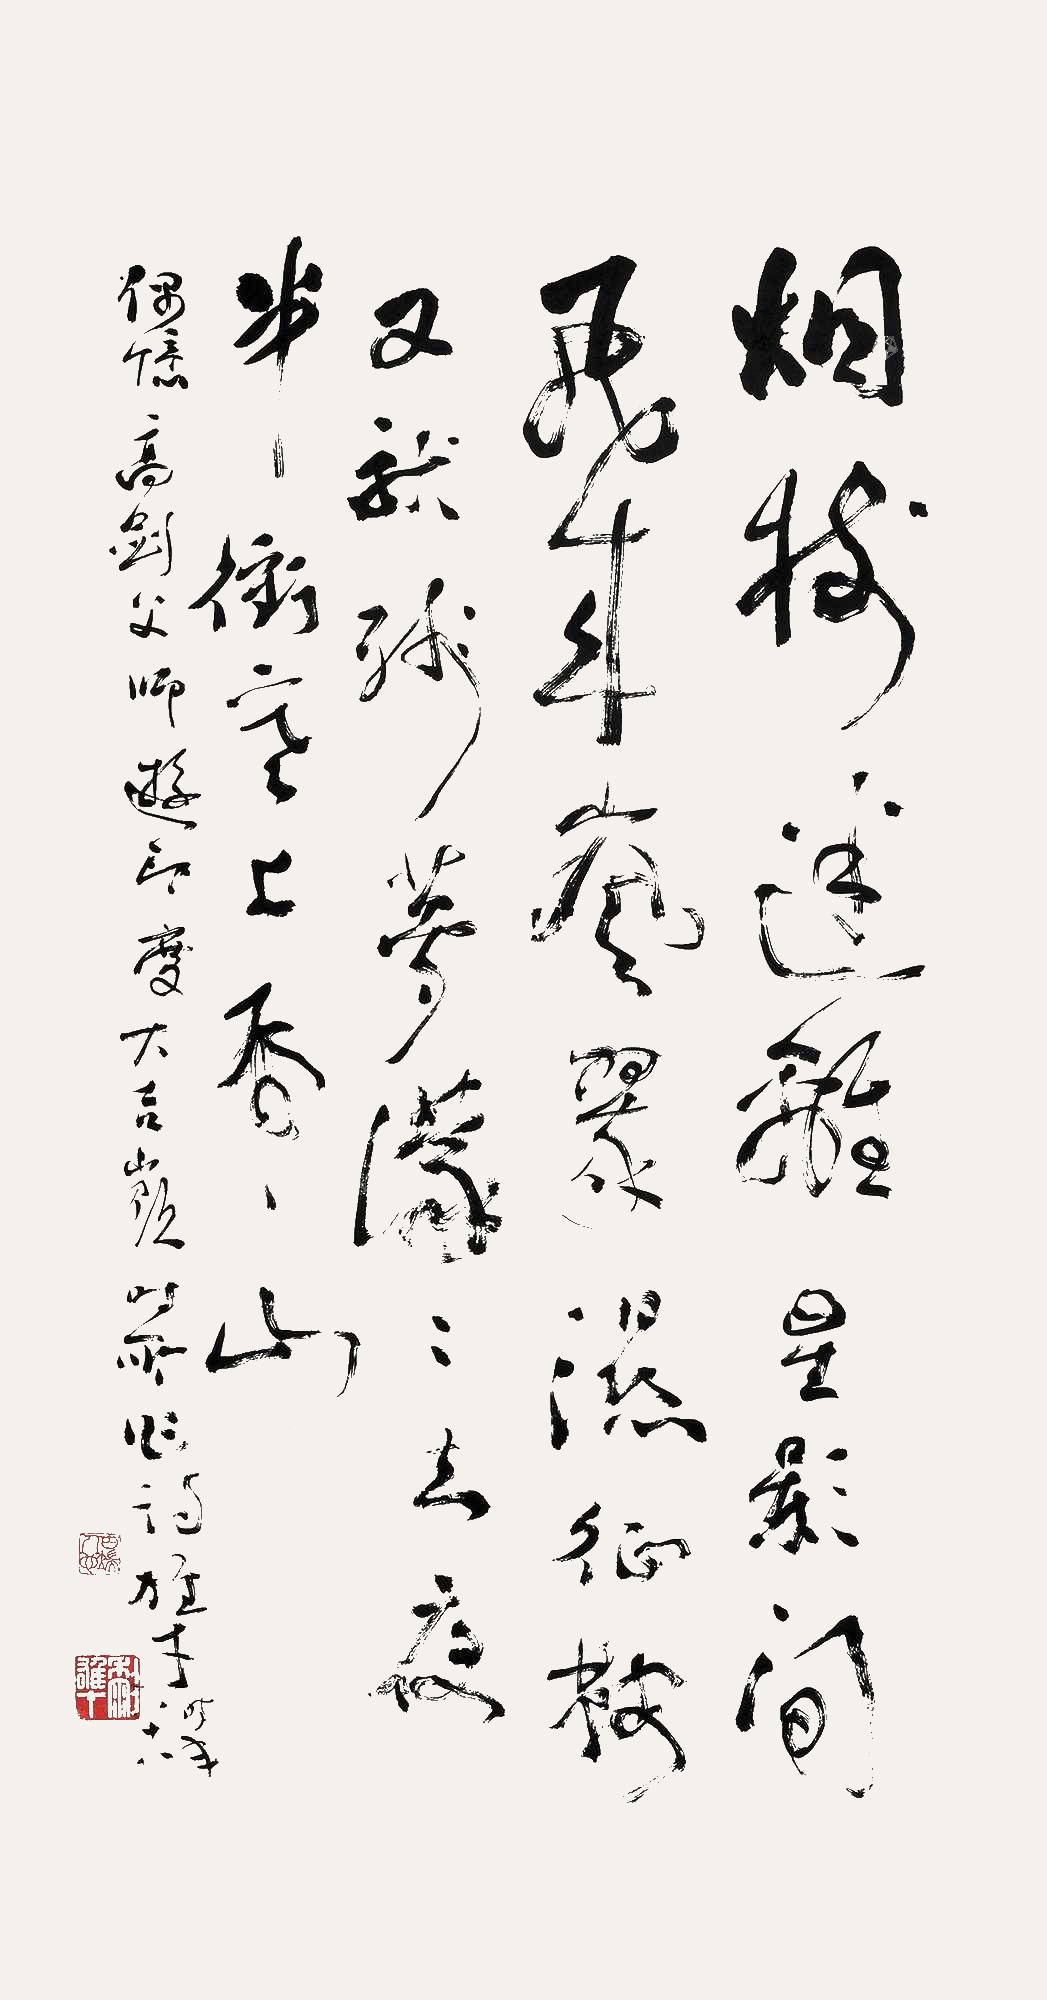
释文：烟树迷离星影间，飞来岚翠湿征鞍。又就残梦蒙蒙去，夜半冲寒上虎山。偶应高剑父师游印度大吉岭时所作诗。雄才时年八十八。